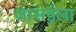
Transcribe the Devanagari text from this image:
जासईला